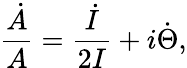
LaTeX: \frac{\dot{A}}{A}=\frac{\dot{I}}{2I}+i\dot{\Theta},